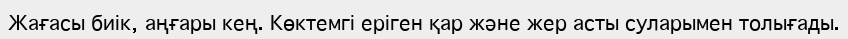
Жағасы биік, аңғары кең. Көктемгі еріген қар және жер асты суларымен толығады.